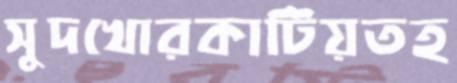
সুদখোরকাটিয়তহ